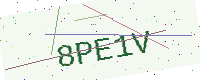
Text: 8PE1V